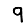
Digit: 9